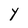
Character: Y